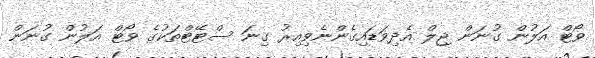
ވޯޓް އަލުން ގުނަން ޖިލް އެދިވަޑައިގެންނެވިއިރު ގިނަ ސްޓޭޓްތަކުގެ ވޯޓް އަލުން ގުނަން